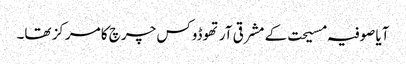
آیا صوفیہ مسیحت کے مشرقی آرتھوڈوکس چرچ کا مرکز تھا۔